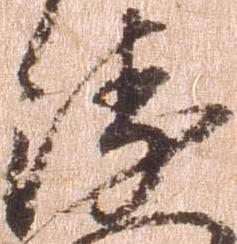
衛